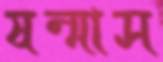
ষন্মাস